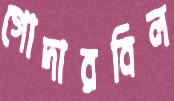
গোদারবিল